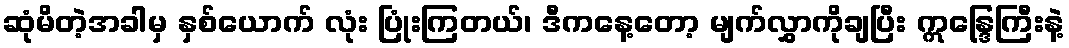
ဆုံမိတဲ့အခါမှ နှစ်ယောက် လုံး ပြုံးကြတယ်၊ ဒီကနေ့တော့ မျက်လွှာကိုချပြီး ဣန္ဒြေကြီးနဲ့